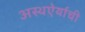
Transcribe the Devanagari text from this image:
अस्थऐर्याची